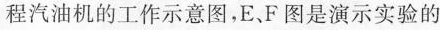
程汽油机的工作示意图，E、F图是演示实验的